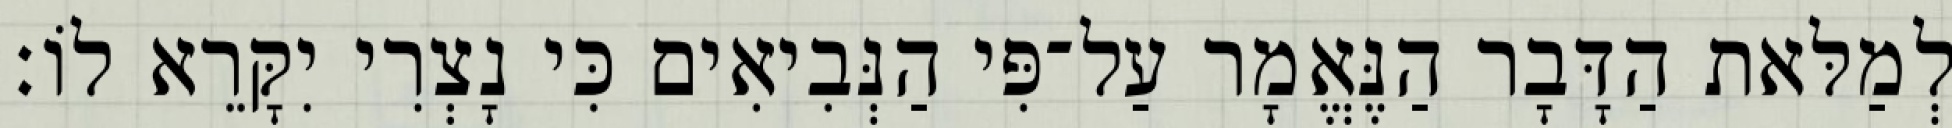
לְמַלּאת הַדָּבָר הַנֶּאֱמָר עַל־פִּי הַנְּבִיאִים כִּי נָצְרִי יִקָּרֵא לוֹ׃